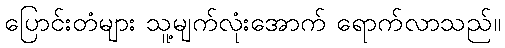
ပြောင်းတံများ သူ့မျက်လုံးအောက် ရောက်လာသည်။